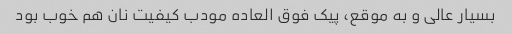
بسیار عالی و به موقع، پیک فوق العاده مودب کیفیت نان هم خوب بود